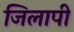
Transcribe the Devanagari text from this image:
जिलापी